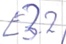
Text: E3.2